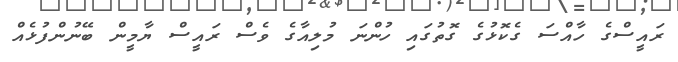
ރައީސްގެ ހާއްސަ ގެކޮޅުގެ ގޮތުގައި ހުންނަ މުލިއާގެ ވެސް ރައީސް ޔާމީން ބޭނުންފުޅެއް